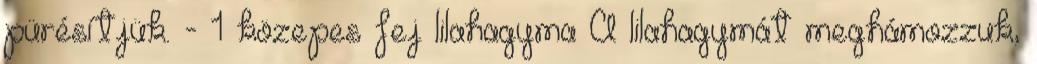
pürésítjük. - 1 közepes fej lilahagyma A lilahagymát meghámozzuk,